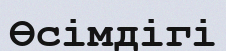
Өсімдігі